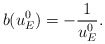
\begin{align*}b(u^0_E)=-\frac{1}{u^0_E}. \end{align*}